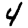
Digit: 4